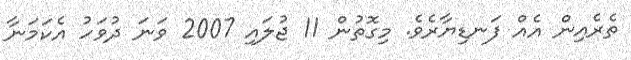
ތެރެއިން އެއް ފަނޑިޔާރެވެ. މިގޮތުން 11 ޖުލައި 2007 ވަނަ ދުވަހު އެކަމަނާ